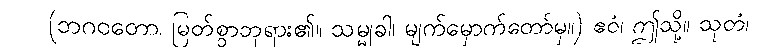
(ဘဂဝတော၊ မြတ်စွာဘုရား၏။ သမ္မုခါ၊ မျက်မှောက်တော်မှ။) ဧဝံ၊ ဤသို့။ သုတံ၊